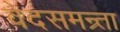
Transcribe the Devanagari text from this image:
वेदसमन्र्ता